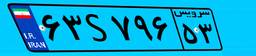
۶۳S۷۹۶۵۳